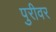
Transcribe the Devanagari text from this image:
पुरीवर